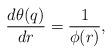
LaTeX: \begin{align*}\frac{d\theta(q)}{dr}=\frac{1}{\phi(r)},\end{align*}